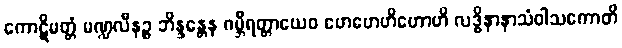
ကောဋိမတ္တံ မဏ္ဍလီနဉ္စ ဘိန္ဒန္တေန ဂမ္ဘီရတ္တာယေဝ ဟေဟေဟိဟောဟိ လဒ္ဓိနာနာသံဝါသကောတိ